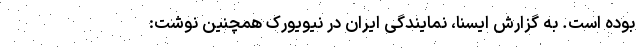
بوده است. به گزارش ایسنا، نمایندگی ایران در نیویورک همچنین نوشت: